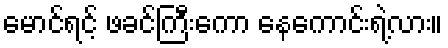
မောင်ရင့် ဖခင်ကြီးကော နေကောင်းရဲ့လား။